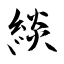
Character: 緂